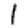
Digit: 1